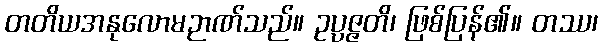
တတိယအနုလောမဉာဏ်သည်။ ဥပ္ပဇ္ဇတိ၊ ဖြစ်ပြန်၏။ တဿ၊